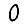
Digit: 0